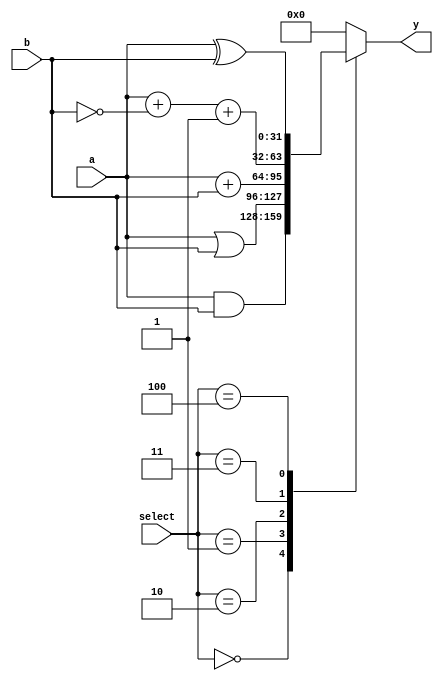
module ALU #(parameter WIDTH = 32)(		 // ARITHMETIC UNIT
output reg [WIDTH-1: 0] 	y,
input		[WIDTH-1:0]	a, b,
input		[2: 0]	select

);

always @(*)
begin
y= 3'b0;
case (select)
3'b000:	y = a&b;
3'b001:	y = a|b;
3'b010:	y = a + b;
3'b011:	y = a + (~b) + 1'b1;
3'b100:	y = a^b;


default:		y = 32'b0;
endcase
end
endmodule